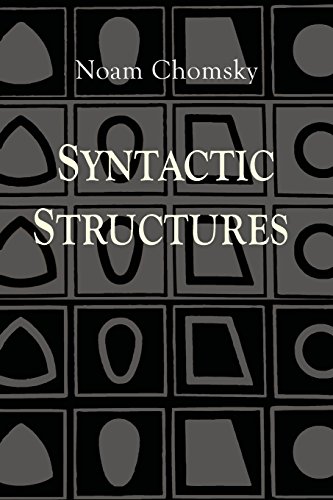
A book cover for Syntactic Structures; Noam Chomsky; Reference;